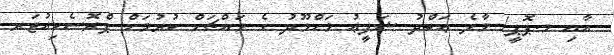
އާއި މ.ޕޮޕީ/ މާލެ ޢަބްދު ޝަފީޢު މަޙްމޫދު ގެ މައްޗަށް ކުރުމަށް ޕްރޮސެކިއުޓަރ